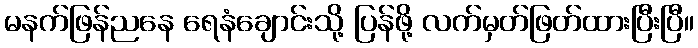
မနက်ဖြန်ညနေ ရေနံချောင်းသို့ ပြန်ဖို့ လက်မှတ်ဖြတ်ထားပြီးပြီ။